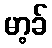
မာ့ခ်